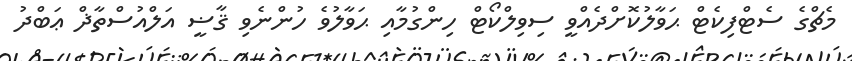
މެޗްގެ ސެޓްފިކެޓް ޙަވާލުކޮށްދެއްވީ ސިވިލްކޯޓް ހިންގުމާއި ޙަވާލުވެ ހުންނެވި ޤާޟީ އަލްއުސްތާޛް ޢަބްދު